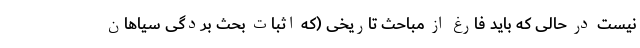
نیست در حالی که باید فارغ از مباحث تاریخی (که اثبات بحث بردگی سیاهان